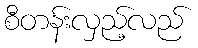
စီတန်းလှည့်လည်